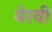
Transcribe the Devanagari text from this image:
येरवी